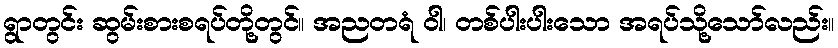
ရွာတွင်း ဆွမ်းစားစရပ်တို့တွင်။ အညတရံ ဝါ၊ တစ်ပါးပါးသော အရပ်သို့သော်လည်း။